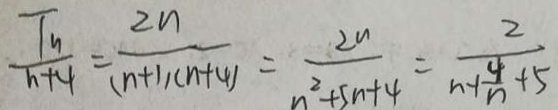
\frac { T _ { n } } { n + 4 } = \frac { 2 n } { ( n + 1 ) ( n + 4 ) } = \frac { 2 n } { n ^ { 2 } + 5 n + 4 } = \frac { 2 } { n + \frac { 4 } { n } + 5 }